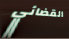
القضائي